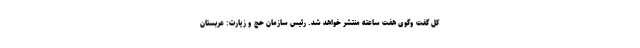
کل گفت وگوی هفت ساعته منتشر خواهد شد. رئیس سازمان حج و زیارت: عربستان